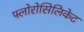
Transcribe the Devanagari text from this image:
फ्लोरोसिलिकेट